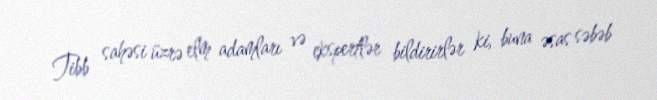
Tibb sahəsi üzrə elm adamları və ekspertlər bildirirlər ki, buna əsas səbəb